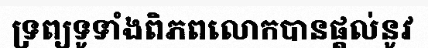
ទ្រព្យទូទាំងពិភពលោកបានផ្តល់នូវ